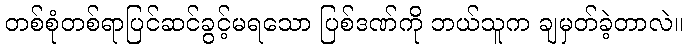
တစ်စုံတစ်ရာပြင်ဆင်ခွင့်မရသော ပြစ်ဒဏ်ကို ဘယ်သူက ချမှတ်ခဲ့တာလဲ။